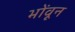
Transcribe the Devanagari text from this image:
भोंवून